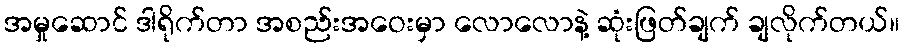
အမှုဆောင် ဒါရိုက်တာ အစည်းအဝေးမှာ လောလောနဲ့ ဆုံးဖြတ်ချက် ချလိုက်တယ်။